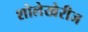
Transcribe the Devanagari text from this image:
शोलेखेरीज